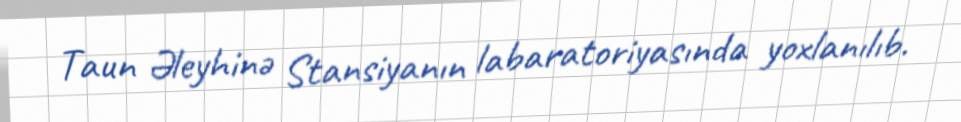
Taun Əleyhinə Stansiyanın labaratoriyasında yoxlanılıb.